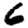
Digit: 6